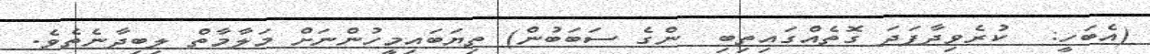
(އެބަހީ:  ކުރެވިދާފަދަ ގޮތެއްގައިތިބި  ންގެ ސަބަބުން) ތިޔަބައިމީހުންނަށް މަލާމާތް ލިބިދާނެތެވެ.